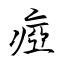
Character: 瘂